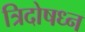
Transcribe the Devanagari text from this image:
त्रिदोषध्न